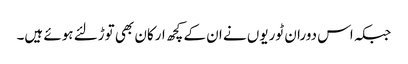
جبکہ اس دوران ٹوریوں نے ان کے کچھ ارکان بھی توڑلئے ہوئے ہیں۔